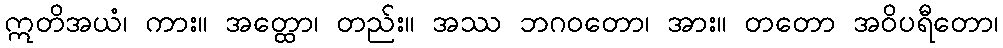
ဣတိအယံ၊ ကား။ အတ္ထော၊ တည်း။ အဿ ဘဂဝတော၊ အား။ တတော အဝိပရီတော၊